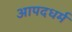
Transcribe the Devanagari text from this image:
आपदधर्म